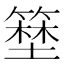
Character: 𱸜